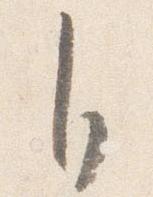
自